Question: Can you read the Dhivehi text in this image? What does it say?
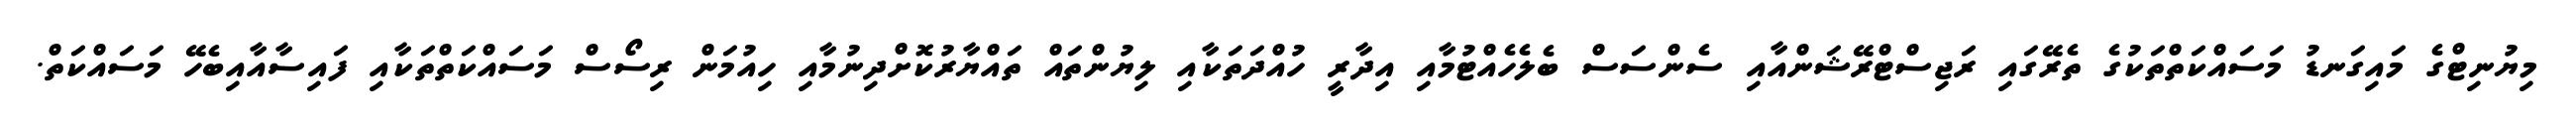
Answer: މިޔުނިޓްގެ މައިގަނޑު މަސައްކަތްތަކުގެ ތެރޭގައި ރަޖިސްޓްރޭޝަންއާއި ސެންސަސް ބެލެހެއްޓުމާއި އިދާރީ ހުއްދަތަކާއި ލިޔުންތައް ތައްޔާރުކޮށްދިނުމާއި ހިއުމަން ރިސޯސް މަސައްކަތްތަކާއި ފައިސާއާއިބެހޭ މަސައްކަތް.